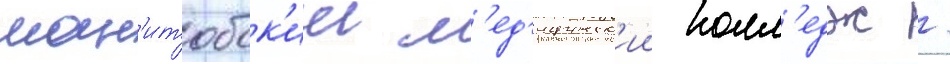
ман'итобск'ии м'ед'ицинск'ии колл'едж /